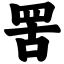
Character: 罟